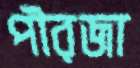
পীরজা